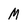
Character: M